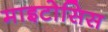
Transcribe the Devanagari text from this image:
माइटोसिस